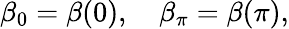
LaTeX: \beta_{0}=\beta(0),\quad\beta_{\pi}=\beta(\pi),